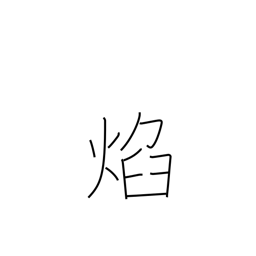
Meaning: glowing